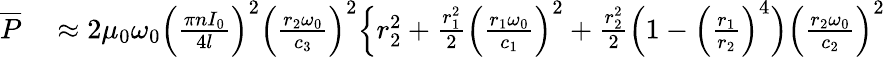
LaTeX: \begin{array}{rl}{\overline{{P}}}&{{}\approx 2\mu_{0}\omega_{0}\Big(\frac{\pi nI_{0}}{4l}\Big)^{2}\Big(\frac{r_{2}\omega_{0}}{c_{3}}\Big)^{2}\Big\{ r_{2}^{2}+\frac{r_{1}^{2}}{2}\Big(\frac{r_{1}\omega_{0}}{c_{1}}\Big)^{2}+\frac{r_{2}^{2}}{2}\Big(1-\Big(\frac{r_{1}}{r_{2}}\Big)^{4}\Big)\Big(\frac{r_{2}\omega_{0}}{c_{2}}\Big)^{2}}\end{array}